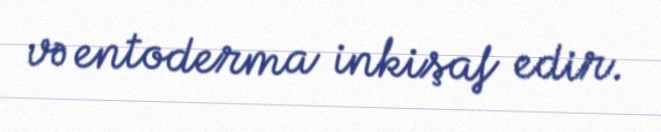
və entoderma inkişaf edir.